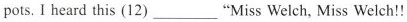
pot. I had this (12) ___ "Miss weich, Miss wech!!